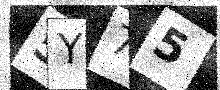
Text: 5Y75